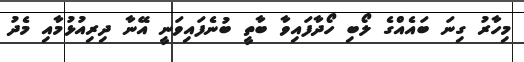
މިހާރު ގިނަ ބައެއްގެ ލޯބި ހޯދާފައިވާ ބާތީ ބުނެފައިވަނީ އޭނާ ދިރިއުޅުމާއި މެދު